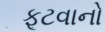
ફૂટવાનો